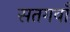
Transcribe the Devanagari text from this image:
सतगवाँ